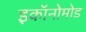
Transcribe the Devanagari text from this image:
इकॉनोमोड